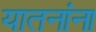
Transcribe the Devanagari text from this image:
यातनांना